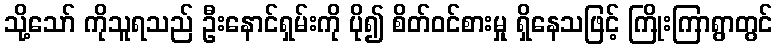
သို့သော် ကိုသူရသည် ဦးနောင်ရှမ်းကို ပို၍ စိတ်ဝင်စားမှု ရှိနေသဖြင့် ကြိုးကြာရွာတွင်